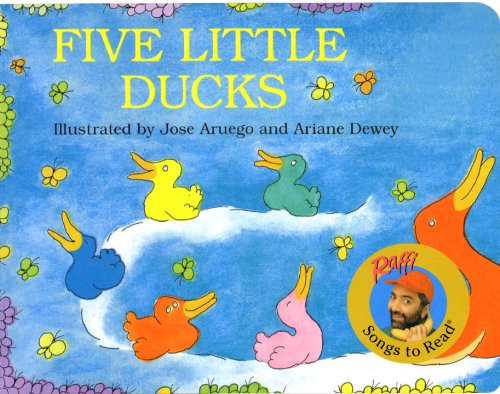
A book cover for Five Little Ducks (Raffi Songs to Read); Raffi; Children's Books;